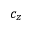
c _ { z }